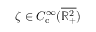
\zeta \in C _ { \mathrm { c } } ^ { \infty } ( \overline { { \mathbb { R } _ { + } ^ { 2 } } } )